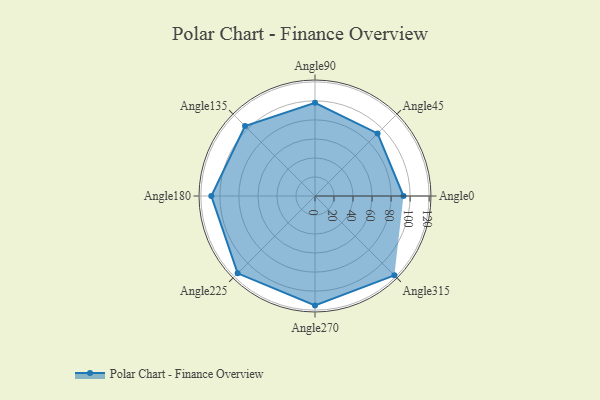
{"axis": {"x": "Angle", "y": "Radius"}, "legend": [""], "data": [{"x": "Angle0", "y": 93.0, "type": ""}, {"x": "Angle45", "y": 93.0, "type": ""}, {"x": "Angle90", "y": 98.0, "type": ""}, {"x": "Angle135", "y": 104.0, "type": ""}, {"x": "Angle180", "y": 109.0, "type": ""}, {"x": "Angle225", "y": 115.0, "type": ""}, {"x": "Angle270", "y": 115.0, "type": ""}, {"x": "Angle315", "y": 118.0, "type": ""}]}